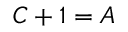
C + 1 = A